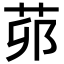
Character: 𦮦